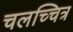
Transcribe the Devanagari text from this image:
चलच्चित्र